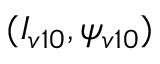
( I _ { v 1 0 } , \psi _ { v 1 0 } )